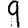
Digit: 9